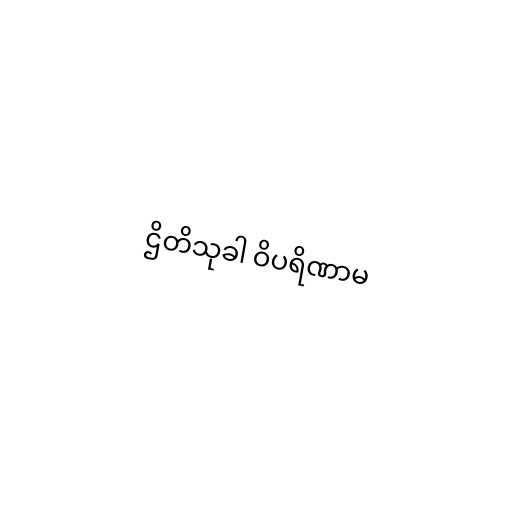
ဌိတိသုခါ ဝိပရိဏာမ